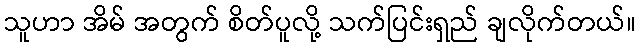
သူဟာ အိမ် အတွက် စိတ်ပူလို့ သက်ပြင်းရှည် ချလိုက်တယ်။